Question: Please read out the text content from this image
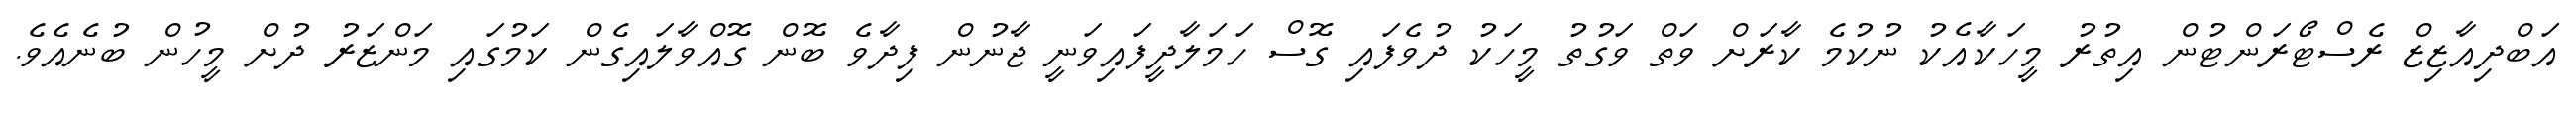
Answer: އަބްދިއާޒިޒް ރެސްޓޯރަންޓުން އިތުރު މީހަކާއެކު ނުކުމެ ކާރަށް ވަތް ވަގުތު މީހަކު ދުވެފައި ގޮސް ހަމަލާދީފައިވަނީ ޖާނުން ފިދާވެ ބޮން ގޮއްވާލައިގެން ކަމުގައި މަންޒަރު ދުށް މީހުން ބުނެއެވެ.